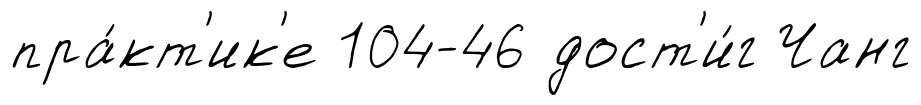
пра́кт'ик'е 104-46 дост'и́г Чанг